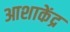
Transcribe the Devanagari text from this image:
आशाकेंद्र